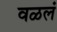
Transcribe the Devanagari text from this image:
वळलं